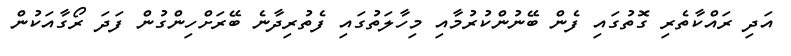
އަދި ރައްކާތެރި ގޮތުގައި ފެން ބޭނުންކުރުމާއި މިހާލަތުގައި ފެތުރިދާނެ ބޭރަށްހިންގުން ފަދަ ރޯގާއަކުން